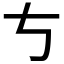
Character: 𠀁